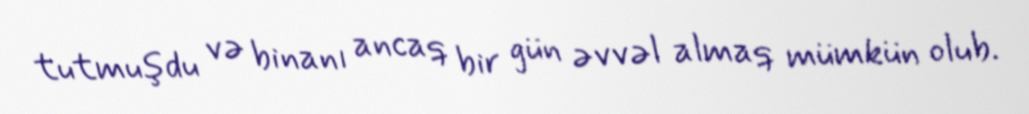
tutmuşdu və binanı ancaq bir gün əvvəl almaq mümkün olub.